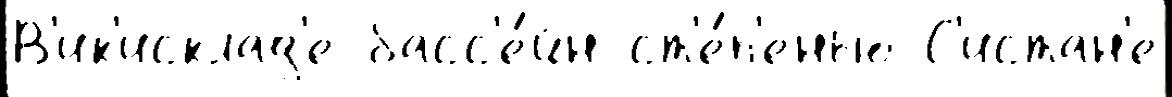
В'ик'исклад'е басс'е́йн ст'е́п'енью С'истан'е